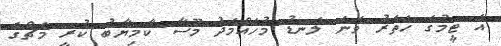
އެ ޓީމުގެ ހަތަރު ވަނަ ލަނޑު މުހައްމަދު މޫސާ ކާމިޔާބު ކުރީ މެޗްގެ